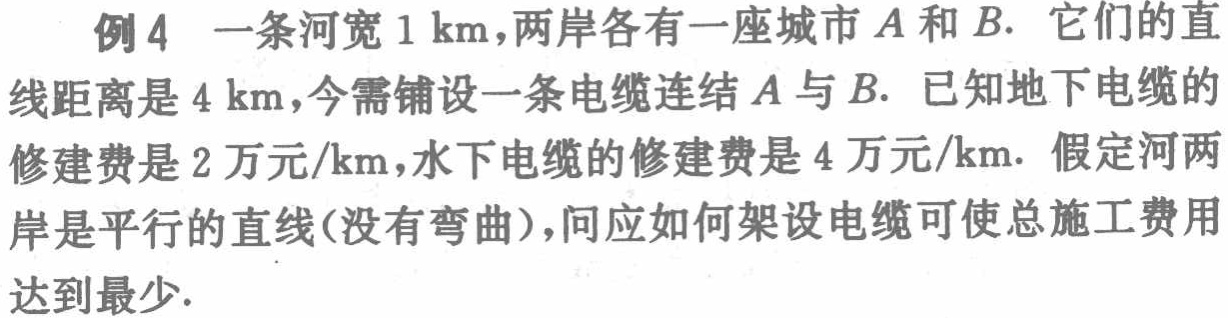
例4 一条河宽\(1\mathrm{km}\)，两岸各有一座城市\(A\)和\(B\). 它们的直线距离是\(4\mathrm{km}\)，今需铺设一条电缆连结\(A\)与\(B\). 已知地下电缆的修建费是\(2\)万元\(/\mathrm{km}\)，水下电缆的修建费是\(4\)万元\(/\mathrm{km}\). 假定河两岸是平行的直线(没有弯曲)，问应如何架设电缆可使总施工费用达到最少.